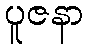
ပူဇနာ